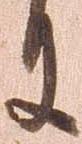
件